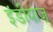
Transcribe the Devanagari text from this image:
इंडीयाज़